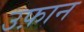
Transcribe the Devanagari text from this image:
उफ़ान